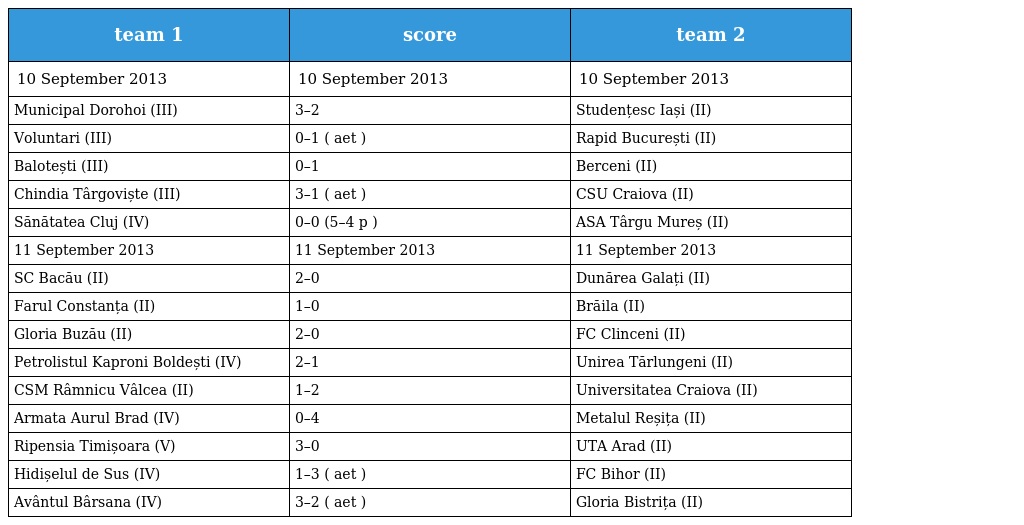
| team 1 | score | team 2 |
 | --- | --- | --- |
 | 10 September 2013 | 10 September 2013 | 10 September 2013 |
 | Municipal Dorohoi (III) | 3–2 | Studențesc Iași (II) |
 | Voluntari (III) | 0–1 ( aet ) | Rapid București (II) |
 | Balotești (III) | 0–1 | Berceni (II) |
 | Chindia Târgoviște (III) | 3–1 ( aet ) | CSU Craiova (II) |
 | Sănătatea Cluj (IV) | 0–0 (5–4 p ) | ASA Târgu Mureș (II) |
 | 11 September 2013 | 11 September 2013 | 11 September 2013 |
 | SC Bacău (II) | 2–0 | Dunărea Galați (II) |
 | Farul Constanța (II) | 1–0 | Brăila (II) |
 | Gloria Buzău (II) | 2–0 | FC Clinceni (II) |
 | Petrolistul Kaproni Boldești (IV) | 2–1 | Unirea Tărlungeni (II) |
 | CSM Râmnicu Vâlcea (II) | 1–2 | Universitatea Craiova (II) |
 | Armata Aurul Brad (IV) | 0–4 | Metalul Reșița (II) |
 | Ripensia Timișoara (V) | 3–0 | UTA Arad (II) |
 | Hidișelul de Sus (IV) | 1–3 ( aet ) | FC Bihor (II) |
 | Avântul Bârsana (IV) | 3–2 ( aet ) | Gloria Bistrița (II) |